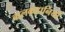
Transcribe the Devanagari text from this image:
बालकहानियों